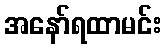
အနော်ရထာမင်း